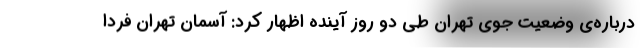
درباره‌ی وضعیت جوی تهران طی دو روز آینده اظهار کرد: آسمان تهران فردا